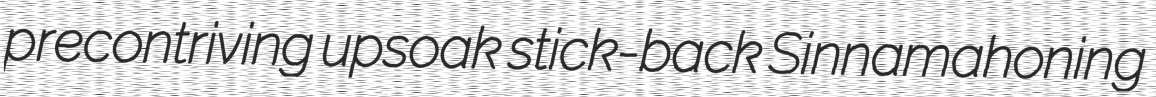
precontriving upsoak stick-back Sinnamahoning